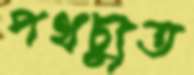
পথচ্যুত